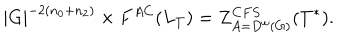
| G | ^ { - 2 ( n _ { 0 } + n _ { 2 } ) } \times F ^ { A C } ( L _ { T } ) = Z _ { A = D ^ { \omega } ( G ) } ^ { C F S } ( T ^ { \ast } ) .